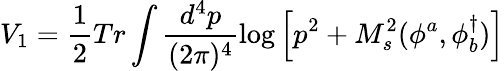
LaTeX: V_{1}=\frac{1}{2}Tr\int\frac{d^{4}p}{(2\pi)^{4}}\log\left[p^{2}+M_{s}^{2}(\phi^{a},\phi_{b}^{\dagger})\right]